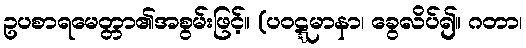
ဥပစာရမေတ္တာ၏အစွမ်းဖြင့်။ (ပဝဋ္ဋမာနာ၊ ခွေလိပ်၍။ ဂတာ၊